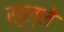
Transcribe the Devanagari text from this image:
खुल्ले